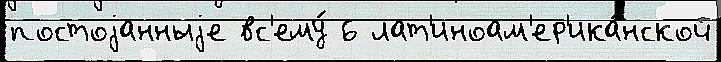
постоjанныjе вс'ему́ 6 лат'иноам'ер'ика́нской